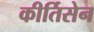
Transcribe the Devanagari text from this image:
कीर्तिसेन